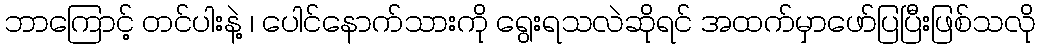
ဘာကြောင့် တင်ပါးနဲ့ ၊ ပေါင်နောက်သားကို ရွေးရသလဲဆိုရင် အထက်မှာဖော်ပြပြီးဖြစ်သလို